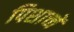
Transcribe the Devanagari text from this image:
पिशाच्चें